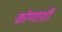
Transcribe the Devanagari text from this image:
कोणाशीं